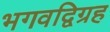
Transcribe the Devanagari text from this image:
भगवद्विग्रह